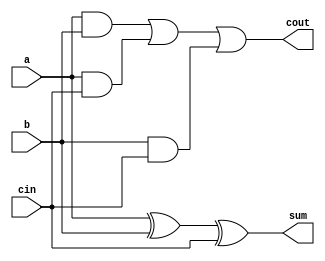
//lin-keng-tse_E94084032
module fulladder(a,b,cin,sum,cout);//fulladder

input a,b,cin;
output sum,cout;

assign sum=a^b^cin;  
assign cout=a&b|a&cin|b&cin;

endmodule 

 module sub_fulladder(A,B,Cin,S,Cout);

input [3:0] A,B;//input
input Cin;      //+-
output [3:0] S; //result
output Cout;
wire [2:0] w;   //connect between two fulladders
wire [3:0] d;   
assign d[0]=Cin^B[0];//determine 2'complement is needed or not
assign d[1]=Cin^B[1];
assign d[2]=Cin^B[2];
assign d[3]=Cin^B[3];
fulladder f1(A[0],d[0],Cin,S[0],w[0]);//call fulladder
fulladder f2(A[1],d[1],w[0],S[1],w[1]);
fulladder f3(A[2],d[2],w[1],S[2],w[2]);
fulladder f4(A[3],d[3],w[2],S[3],Cout);



endmodule